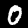
Label: 0